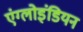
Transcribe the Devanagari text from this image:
एंग्लोइंडियन